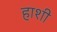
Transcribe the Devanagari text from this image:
हाशी